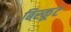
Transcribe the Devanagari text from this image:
बिस्कूट